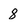
Character: 8